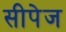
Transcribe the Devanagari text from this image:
सीपेज